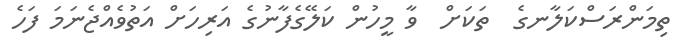
ތިމަންރަސްކަލާނގެ  ތަކަށް  ވާ މީހުން ކަލޭގެފާނުގެ އަރިހަށް އަތުވެއްޖެނަމަ ފަހެ